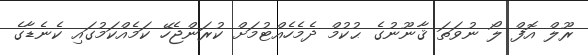
ރޫލް އޮފް ލޯ ނުވަތަ ޤާނޫނުގެ ޙުކުމް ދެމެހެއްޓުމަށް ކުރަންޖެހޭ ކަމެއްކަމުގައި ކެނެޑާގެ